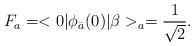
LaTeX: \begin{align*}F_a=<0|\phi_{\bar{a}}(0)|\beta>_a=\frac{1}{\sqrt{2}}.\end{align*}